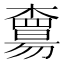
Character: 𣝻